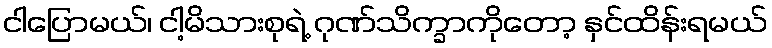
ငါပြောမယ်၊ ငါ့မိသားစုရဲ့ ဂုဏ်သိက္ခာကိုတော့ နှင်ထိန်းရမယ်